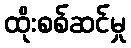
ထိုးစစ်ဆင်မှု